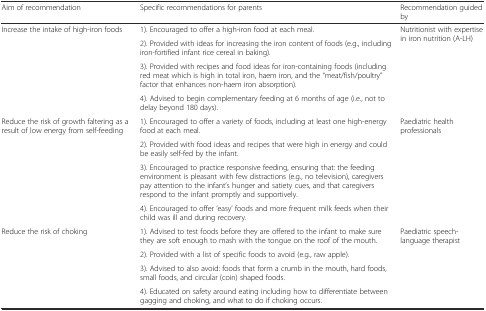
<table><thead><tr><td><b>Aim of recommendation</b></td><td><b>Specific recommendations for parents</b></td><td><b>Recommendation guided by</b></td></tr></thead><tbody><tr><td rowspan="4">Increase the intake of high-iron foods</td><td>1). Encouraged to offer a high-iron food at each meal.</td><td rowspan="4">Nutritionist with expertise in iron nutrition (A-LH)</td></tr><tr><td>2). Provided with ideas for increasing the iron content of foods (e.g., including iron-fortified infant rice cereal in baking).</td></tr><tr><td>3). Provided with recipes and food ideas for iron-containing foods (including red meat which is high in total iron, haem iron, and the “meat/fish/poultry” factor that enhances non-haem iron absorption).</td></tr><tr><td>4). Advised to begin complementary feeding at 6 months of age (i.e., not to delay beyond 180 days).</td></tr><tr><td rowspan="4">Reduce the risk of growth faltering as a result of low energy from self-feeding</td><td>1). Encouraged to offer a variety of foods, including at least one high-energy food at each meal.</td><td rowspan="4">Paediatric health professionals</td></tr><tr><td>2). Provided with food ideas and recipes that were high in energy and could be easily self-fed by the infant.</td></tr><tr><td>3). Encouraged to practice responsive feeding, ensuring that: the feeding environment is pleasant with few distractions (e.g., no television), caregivers pay attention to the infant’s hunger and satiety cues, and that caregivers respond to the infant promptly and supportively.</td></tr><tr><td>4). Encouraged to offer ‘easy’ foods and more frequent milk feeds when their child was ill and during recovery.</td></tr><tr><td rowspan="4">Reduce the risk of choking</td><td>1). Advised to test foods before they are offered to the infant to make sure they are soft enough to mash with the tongue on the roof of the mouth.</td><td rowspan="4">Paediatric speech-language therapist</td></tr><tr><td>2). Provided with a list of specific foods to avoid (e.g., raw apple).</td></tr><tr><td>3). Advised to also avoid: foods that form a crumb in the mouth, hard foods, small foods, and circular (coin) shaped foods.</td></tr><tr><td>4). Educated on safety around eating including how to differentiate between gagging and choking, and what to do if choking occurs.</td></tr></tbody></table>